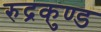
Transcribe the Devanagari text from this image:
रुद्रकुण्ड